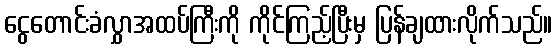
ငွေတောင်းခံလွှာအထပ်ကြီးကို ကိုင်ကြည့်ပြီးမှ ပြန်ချထားလိုက်သည်။